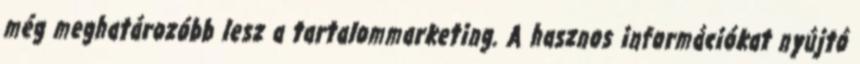
még meghatározóbb lesz a tartalommarketing. A hasznos információkat nyújtó